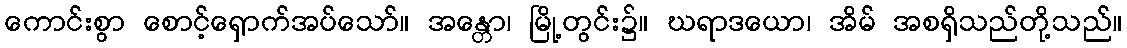
ကောင်းစွာ စောင့်ရှောက်အပ်သော်။ အန္တော၊ မြို့တွင်း၌။ ဃရာဒယော၊ အိမ် အစရှိသည်တို့သည်။